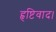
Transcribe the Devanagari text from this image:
हृष्टिवाद।